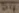
Text: B4